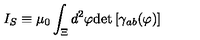
I _ { S } \equiv \mu _ { 0 } \int _ { \Xi } d ^ { 2 } \varphi \mathrm { d e t } \left[ \gamma _ { a b } ( \varphi ) \right]